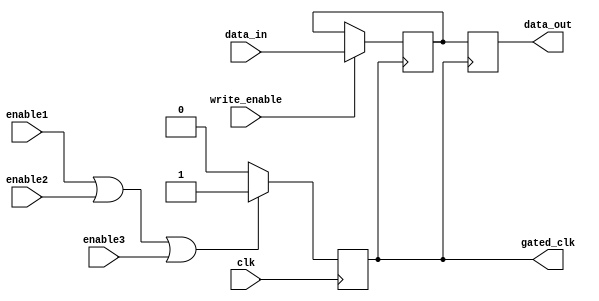
module clock_gating_memory_block (
    input wire clk,            // System clock
    input wire enable1,       // Enable signal 1
    input wire enable2,       // Enable signal 2
    input wire enable3,       // Enable signal 3 (optional, can add more)
    output wire gated_clk,     // Gated clock output for memory block
    input wire [7:0] data_in,  // Data input for memory block
    output reg [7:0] data_out,  // Data output from memory block
    input wire write_enable     // Write enable signal for memory block
);

    // OR gate to combine enable signals
    wire combined_enable;
    assign combined_enable = enable1 | enable2 | enable3;

    // Gated clock logic
    reg gated_clk_reg;
    always @(posedge clk) begin
        if (combined_enable) begin
            gated_clk_reg <= 1'b1; // Allow clock to pass
        end else begin
            gated_clk_reg <= 1'b0;  // Block clock
        end
    end

    assign gated_clk = gated_clk_reg;

    // Memory block (simple register for demonstration)
    reg [7:0] memory [0:15]; // Example memory array (16 x 8-bit)

    always @(posedge gated_clk) begin
        if (write_enable) begin
            // Write data to memory
            memory[0] <= data_in; // Example: writing to address 0
        end
        // Read data from memory
        data_out <= memory[0]; // Example: reading from address 0
    end

endmodule